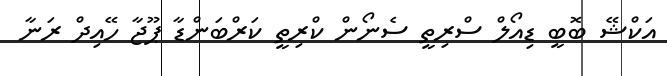
އަކްޝޭ ބޮބީ ޑިއޯލް ސްރިތީ ސެނޯން ކްރިތީ ކަރްބަންޑާ ޕޫޖާ ހޭއިދް ރަނާ